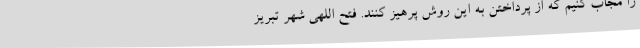
را مجاب کنیم که از پرداختن به این روش پرهیز کنند. فتح اللهی شهر تبریز